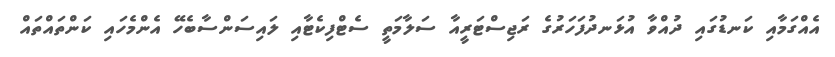
އެއްގަމާއި ކަނޑުގައި ދުއްވާ އުޅަނދުފަހަރުގެ ރަޖިސްޓަރީއާ ސަލާމަތީ ސެޓްފިކެޓާއި ލައިސަންސާބެހޭ އެންމެހައި ކަންތައްތައް